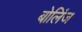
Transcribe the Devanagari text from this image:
बोलिंज